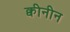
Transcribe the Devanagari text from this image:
क्वीनीन